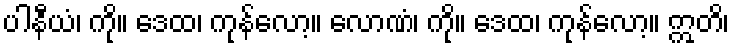
ပါနီယံ၊ ကို။ ဒေထ၊ ကုန်လော့။ လောဏံ၊ ကို။ ဒေထ၊ ကုန်လော့။ ဣတိ၊